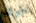
الحواف